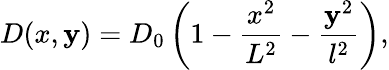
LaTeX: D(x,\mathbf{y})=D_{0}\left(1-\frac{{x^{2}}}{{L^{2}}}-\frac{{\mathbf{y}^{2}}}{{l^{2}}}\right),